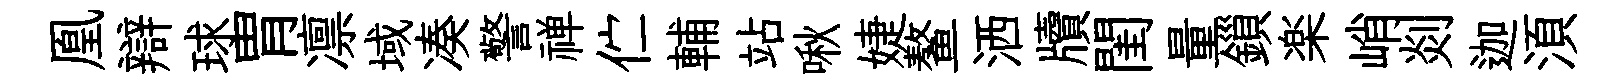
凰辯球胃凛域凑警禅伫輔站啾婕鳌洒牘閨量鎻楽峭剡迦湏